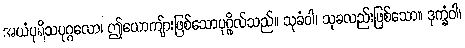
အယံပုရိသပုဂ္ဂလော၊ ဤယောကျ်ားဖြစ်သောပုဂ္ဂိုလ်သည်။ သုခံဝါ၊ သုခလည်းဖြစ်သော။ ဒုက္ခံဝါ၊